Lunatic asylums United Provinces 1899-1908 - 1899-1908
Year: 1899
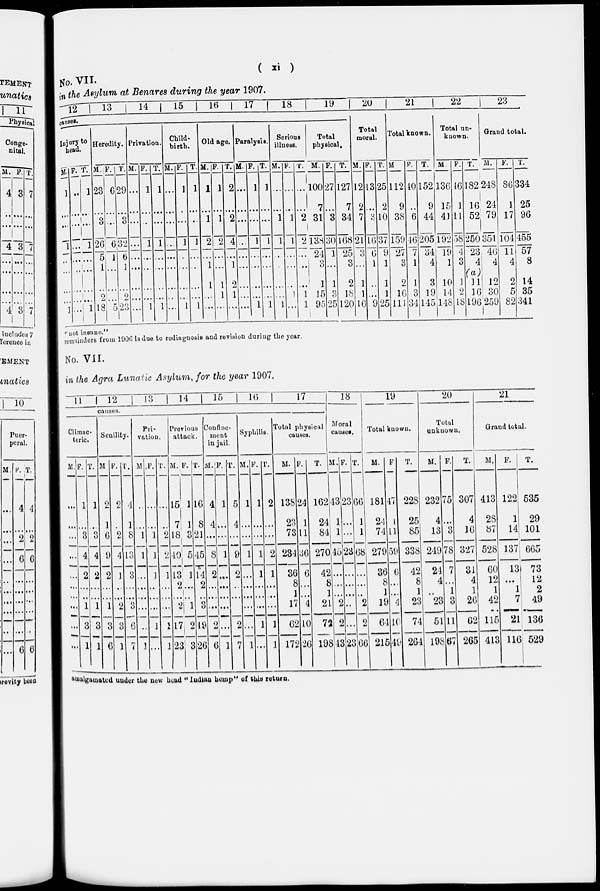
(
xi
)
No. VII.
in the Asylum at Benares during the year 1907.
12 13 14 15 16 17 18
19
causes.
Injury to
head.
M.
1
...
...
1
...
...
...
...
1
F.
...
...
...
...
...
...
...
...
...
T.
1
...
...
1
...
...
...
...
1
Heredity.
M.
23
...
3
26
5
1
...
2
18
F.
6
...
...
6
1
...
...
...
5
T.
29
...
3
32
6
1
...
2
23
Privation.
M.
...
...
...
...
...
...
...
...
...
F.
1
...
...
1
...
...
...
...
1
T.
1
...
...
1
...
...
...
...
1
Child-
birth.
M.
...
...
...
...
...
...
...
...
...
F.
1
...
...
1
...
...
...
...
1
T.
1
...
...
1
...
...
...
...
1
Old age.
M.
1
...
1
2
...
1
1
...
...
F.
1
...
1
2
...
...
1
1
...
T.
2
...
2
4
...
1
2
1
...
Paralysis.
M
...
...
...
...
...
...
...
...
...
F.
1
...
...
1
...
...
...
...
1
T.
1
...
...
1
...
...
...
...
1
Serious
illness.
M.
...
...
1
1
...
...
...
...
1
F.
...
...
1
1
...
...
...
1
...
T.
...
...
2
2
...
...
...
1
1
Total
physical.
M.
100
7
31
138
24
3
1
15
95
F.
27
...
3
30
1
...
1
3
25
T.
127
7
34
168
25
3
2
18
120
20
Total
moral.
M.
12
2
7
21
3
...
1
1
16
F.
13
...
3
16
6
1
...
...
9
T.
25
2
10
37
9
1
1
1
25
21
Total known.
M
112
9
38
159
27
3
2
16
111
F.
40
...
6
46
7
1
1
3
34
T.
152
9
44
205
34
4
3
19
145
22
Total un-
known.
M
136
15
41
192
19
1
10
14
148
F.
46
1
11
58
4
3
1
2
18
T.
182
16
52
250
23
4
(a)
11
16
196
23
Grand total.
M.
248
24
79
351
46
4
12
30
259
F.
86
1
17
104
11
4
2
5
82
T.
334
25
96
455
57
8
14
35
341
"not insane."
remainders from 1906 is due to rediagnosis and revision during the year.
No. VII.
in the Agra Lunatic Asylum, for the year 1907.
11
12
13
14
15
16
17
causes.
Climac-
teric.
M.
...
...
...
...
...
...
...
...
...
...
F.
1
...
3
4
2
...
...
1
3
1
T.
1
...
3
4
2
...
...
1
3
1
Senility.
M
2
1
6
9
2
...
...
1
3
6
F.
2
...
2
4
1
...
...
2
3
1
T.
4
1
8
13
3
...
...
3
6
7
Pri-
vation.
M
...
...
1
1
...
...
...
...
...
1
F.
...
...
1
1
1
...
...
...
1
...
T.
...
...
2
2
1
...
...
...
1
1
Previous
attack.
M.
15
7
18
40
13
2
...
2
17
23
F.
1
1
3
5
1
...
...
1
2
3
T.
16
8
21
45
14
2
...
3
19
26
Confine-
ment
in jail.
M.
4
4
...
8
2
...
...
...
2
6
F.
1
...
...
1
...
...
...
...
...
1
T.
5
4
...
9
2
...
...
...
2
7
Syphilis.
M.
1
...
...
1
...
...
...
...
...
1
F.
1
...
...
1
1
...
...
...
1
...
T.
2
...
...
2
1
...
...
...
1
1
Total physical
causes.
M.
138
23
73
234
36
8
1
17
62
172
F.
24
1
11
36
6
...
...
4
10
26
T.
162
24
84
270
42
8
1
21
72
198
18
Moral
causes.
M.
43
1
1
45
...
...
...
2
2
43
F.
23
...
...
23
...
...
...
...
...
23
T.
66
1
1
68
...
...
...
2
2
66
19
Total known.
M.
181
24
74
279
36
8
1
19
64
215
F
47
1
11
59
6
...
...
4
10
49
T.
228
25
85
338
42
8
1
23
74
264
20
Total
unknown.
M.
232
4
13
249
24
4
...
23
51
198
F.
75
...
3
78
7
...
1
3
11
67
T.
307
4
16
327
31
4
1
26
62
265
21
Grand total.
M.
413
28
87
528
60
12
1
42
115
413
F.
122
1
14
137
13
...
1
7
21
116
T.
535
29
101
665
73
12
2
49
136
529
amalgamated under the new head "Indian hemp" of this return.